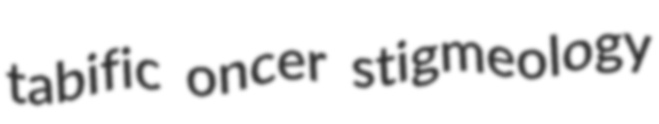
tabific oncer stigmeology